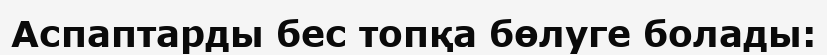
Аспаптарды бес топқа бөлуге болады: